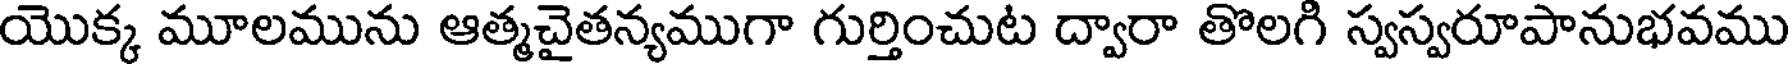
యొక్క మూలమును ఆత్మచైతన్యముగా గుర్తించుట ద్వారా తొలగి స్వస్వరూపానుభవము